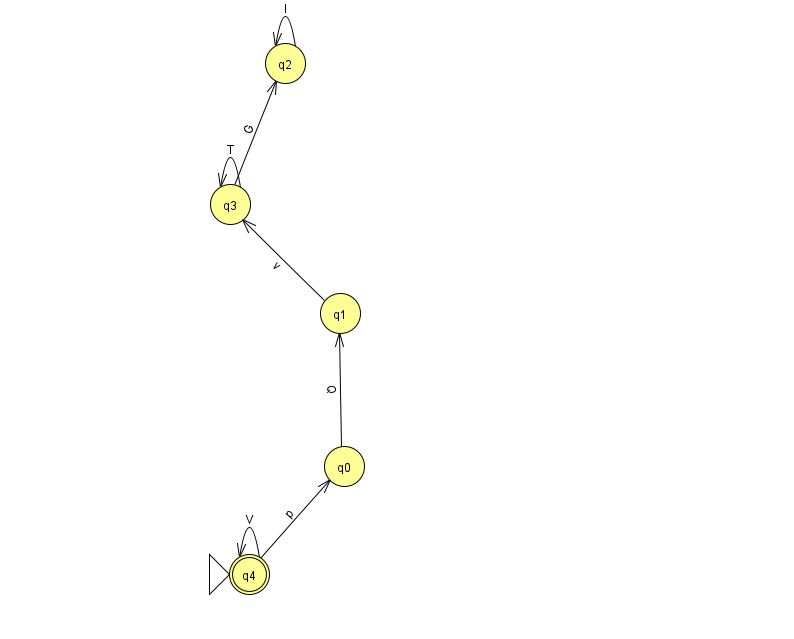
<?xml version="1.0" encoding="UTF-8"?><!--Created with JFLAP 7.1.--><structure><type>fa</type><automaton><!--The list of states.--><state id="0" name="q0"><x>344.0</x><y>453.0</y></state><state id="1" name="q1"><x>340.0</x><y>300.0</y></state><state id="2" name="q2"><x>285.0</x><y>50.0</y></state><state id="3" name="q3"><x>230.0</x><y>191.0</y></state><state id="4" name="q4"><x>249.0</x><y>561.0</y><initial/><final/></state><!--The list of transitions.--><transition><from>1</from><to>3</to><read>v</read></transition><transition><from>3</from><to>3</to><read>T</read></transition><transition><from>3</from><to>2</to><read>G</read></transition><transition><from>4</from><to>4</to><read>V</read></transition><transition><from>2</from><to>2</to><read>I</read></transition><transition><from>0</from><to>1</to><read>Q</read></transition><transition><from>4</from><to>0</to><read>p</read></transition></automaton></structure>